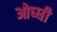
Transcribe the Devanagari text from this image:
ओष्धी